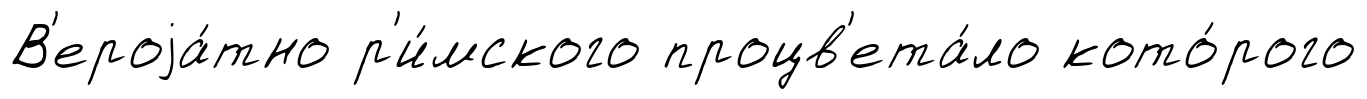
В'ероjа́тно р'и́мского процв'ета́ло кото́рого